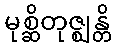
မုစ္ဆိတုဇ္ဈန္တိ